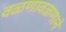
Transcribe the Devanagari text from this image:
वळणावळणाने